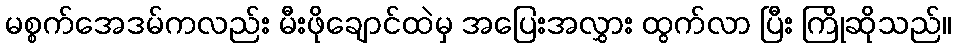
မစ္စက်အေဒမ်ကလည်း မီးဖိုချောင်ထဲမှ အပြေးအလွှား ထွက်လာ ပြီး ကြိုဆိုသည်။